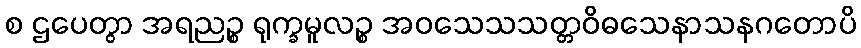
စ ဌပေတွာ အရညဉ္စ ရုက္ခမူလဉ္စ အဝသေသသတ္တဝိဓသေနာသနဂတောပိ